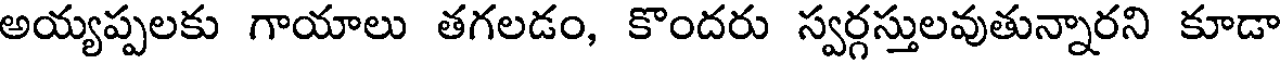
అయ్యప్పలకు గాయాలు తగలడం, కొందరు స్వర్గస్తులవుతున్నారని కూడా